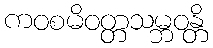
ကဝစမိဝတ္တသမ္ဘဝန္တိ